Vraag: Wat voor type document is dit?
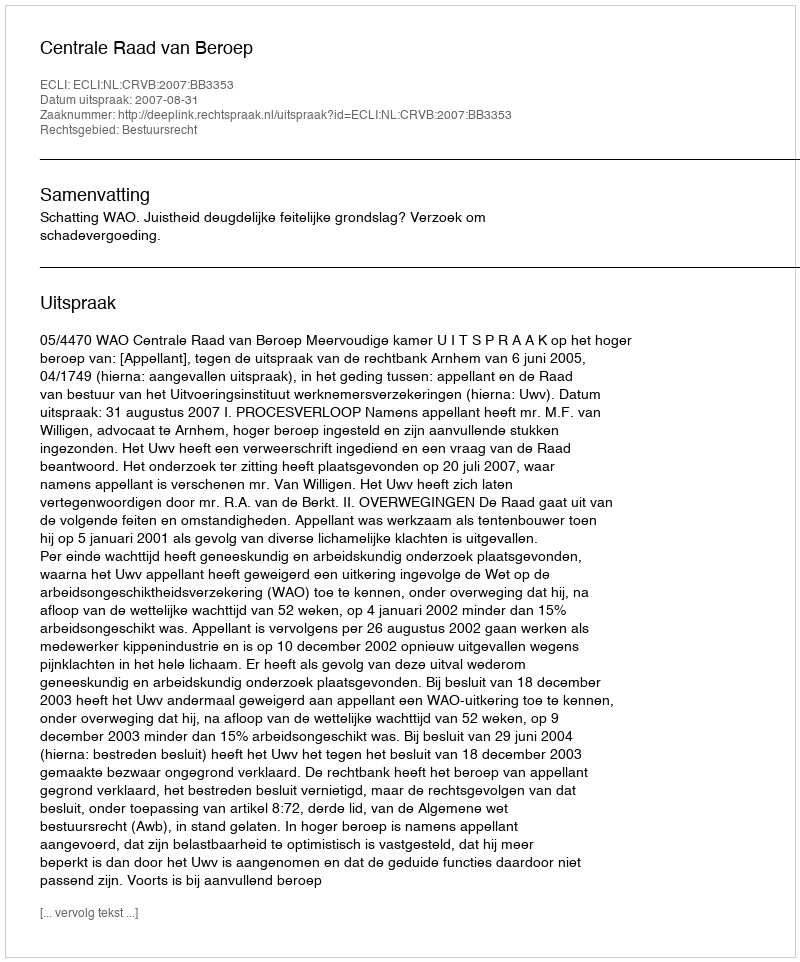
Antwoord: Uitspraak